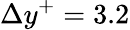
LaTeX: \Delta y^{+}=3.2